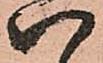
八